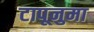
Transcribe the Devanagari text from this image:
टापूनुमा